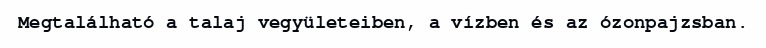
Megtalálható a talaj vegyületeiben, a vízben és az ózonpajzsban.